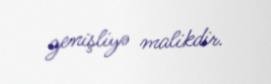
genişliyə malikdir.